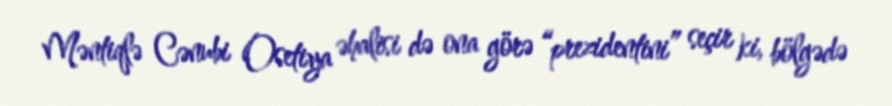
Məntiqlə Cənubi Osetiya əhalisi də ona görə “prezidentini” seçir ki, bölgədə